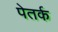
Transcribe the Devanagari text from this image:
पेतर्क